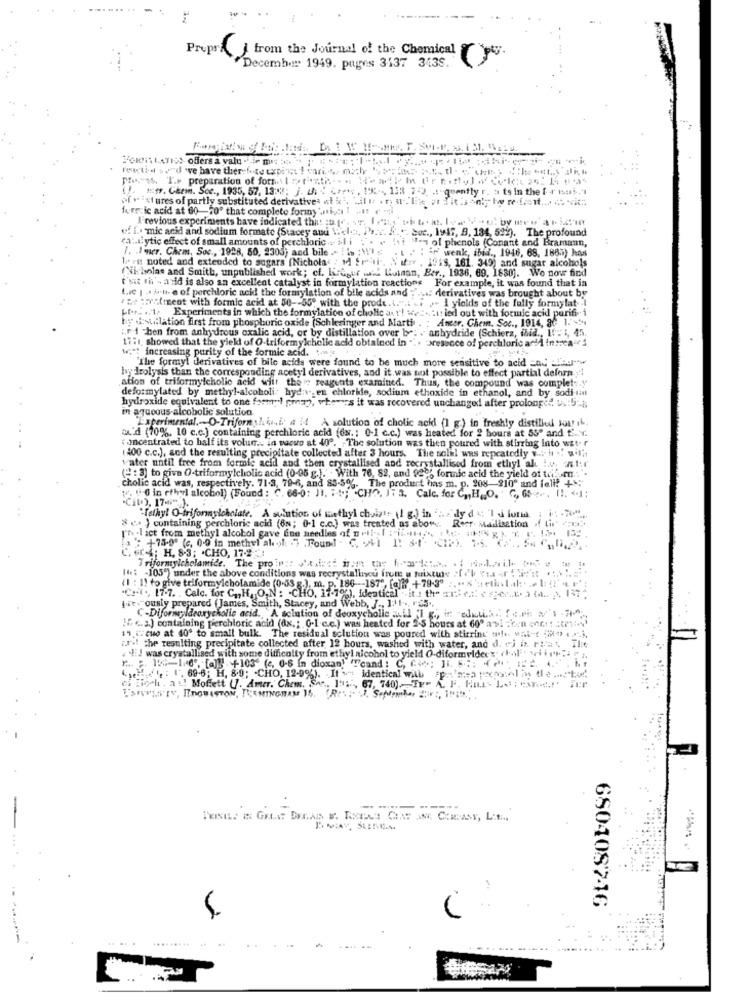
Propre J from the Journal of the Chemical y .
Decemb .::. 1949. pages 3137 3435.
FOKUSLATIS offers a valu .Bir mis
reactie s."d 've have therefore expi ! cari. 4. m2;
Press. T.P preparation of forse l 'ti
( !. 1:49. Chem. Soc ., 1935, 57, 13:38; j. UN. :
1R 7-3 . quently r. a to in the f risus.'i
of vist ures of partly substituted derivatives at
furecic acid at 60-40º that complete formy ,i,di
A'revious experiments bave indicated that :0.1.
of f. mic acid and sodium formato (Stacey aud
. Suc ., 19AS, 8, 134, 522). The profound
ca :. i. ytic effect of small amounts of perchloric
1-1 of phenols (Conant and Bramann,
J. J quer. Chem, Soc ., 1998, 50, 2305; and bile
ir' wenk, ibid ., 1946, 68. 1885) haas
lere noted and extended t
8 [Nichola
(Nicholas and Smith, unpublished work; cf. KeGger wk Luinon, Ber ., 1936, 69, 1880). We now find
Nafarr . 1018, 161. 349) and sugar alcohols
t'sit ch's a id is also an excellent catalyst in formylation reactions
actions For example, it was found that in
Lue | site of perchloric acid the formylation of bile acids and
der
ives was brought about by
"er Tralineot with formic acid at 50 -- 55" with the prode .(." .. .. .- 1 yields of the fully formylat
Les .... t. Experiments in which the formylation of cholic any'! web- Lit led out with formic acid purifi i
"itled out with formic acid purifi-
- I yields of the fully formylat ..
hy desulation first from phosphoric oxide (Schlesinger and Marti
Amer, Chem. Soc ., 1914, a0 1.
:r 1 -ben from anhydrous oxalic acid, or by distillation over bet . anhydride (Schiera, fhid ., II,
17it showed that the yield of O-triformylcholic acid obtained in
. presence of perchloric acid intoca !
w."! increasing purity of the formic acid.
the formyl derivatives of bile acids were found to be much more sensitive to acid _ad _! eu-w
hydrolysis than the corresponding acetyl derivatives, and it was not possible to effect partial deforni
ation of triformyicholic acid wilt the " reagents examined. Thus, the compound was complet .. y'
deformylated by methyl-alcoholi- hyd:\.en chloride, sodium ethoxide in ethanol, and by sodi-int
hydroxide equivalent to one formel gmap, whereas it was recovered unchanged after prolonged. us:5:
in aqueous-alcobolic solution
Experimental .- O-Triformshii # 14 A solution of cholic acidi (1 g.) in freshly distilled Jour if
ou'd (70%, 10 c.c.) containing perchloric acid (6m. : 0-1 c.c.) was heated for 2 hours at 55" and .. v.
concentrated to half its volun .. za vacuo at 409, - The solution was then poured with stirring Into water
...
400 c.c.), and the resulting precipitate collected after 3 hours. The solil was repeatedly voir ., wilit
vater until free from formic acid and then crystallised and recrystallised from ethyl al. I.v. aast:r
(2 : 3) to give O-triformyIcholic acid (0-95 g.). - With 76, 82, and 929; fornic acid the yield of them .. ".
cholic acid was, respectively. 71-3, 79-6, and 85-5%. The product has m. p. 208-210º and fall! +":"
:CHO, 17 3. Calc. for C ., H .. O. C, G ..... ( !. +1:
"Tathy! O triformyichalate. A solution of methyl chaist. (1 g.) in 'A.
dy d & '1 4 fond .:
setion if ties
8 (. ) containing perchloric acid (6N; 0-1 c.c.) was treated as abo"
[h-I act from methyl alcohol gave fine needles
*: +-75-0 (c, 0-0 in methyl al .)l. .
C, or4; H. 8-3; . CHO, 17-2 :
Triformyicholamide. The proin :: vit .!
I .: - 105") under the above conditions was recrystallncu frete u foixtute :[ 'b Via
(1 : 1) to give telformyicholamide (0-53 g.), m.
pie. ously prepared (James, Smith, Stacey, and Webb, J ., 1:11 -.. r$5 ..
"Cr-t ., 17-7. . Calc. for C ,, H, O,N : - CHO, 11-10%), Identical"ita the ari e .:
!" <>) containing perchloric acid (fx .; O.I .c.c.) was heated for 2.5 hours at 60º asi :?: 'n one !! : (71:4'
C-Diformideorycholic acid. A solution of deoxycholle :
11 ": cue at 40º to small bulk. The residual solution was poured with stirring' oh wat-t -0 ..... ],
a FEJ was crystallised with some difficulty from ethyl nicohol to yield O-diformeldeer" (hal"" wire"i " ",
FJ .! the resulting precipitate collected after 12 hours, washed with water, and d. j ix. ryw ; The
1 ( +103 (6, 0-6 In dioxan) Toand: C, Co; J18: P 12 4hr
M. .. : 1". 69-6; H. 8.9; - CHO, 12-9%). It \"
identical with #patatea pocos:ol is the .... "tad,
ci Zioch . a ..! Moffett (1. Amer. Chem.'S
680408746